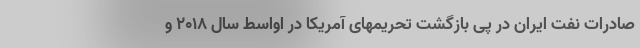
صادرات نفت ایران در پی بازگشت تحریمهای آمریکا در اواسط سال ۲۰۱۸ و